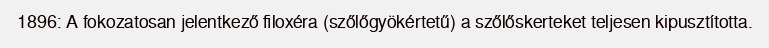
1896: A fokozatosan jelentkező filoxéra (szőlőgyökértetű) a szőlőskerteket teljesen kipusztította.